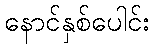
နောင်နှစ်ပေါင်း